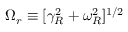
\Omega _ { r } \equiv [ \gamma _ { R } ^ { 2 } + \omega _ { R } ^ { 2 } ] ^ { 1 / 2 }